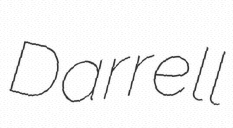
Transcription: Darrell